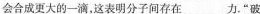
会合成更大的一滴，这表明分子间存在___力。”破